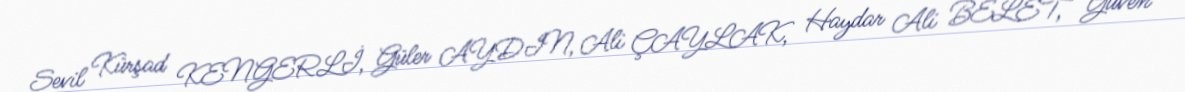
Sevil Kürşad KENGERLİ, Güler AYDIN, Ali ÇAYLAK, Haydar Ali BELET, Güven